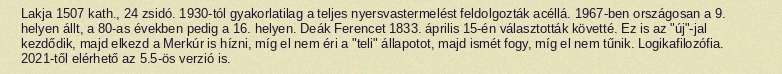
Lakja 1507 kath., 24 zsidó. 1930-tól gyakorlatilag a teljes nyersvastermelést feldolgozták acéllá. 1967-ben országosan a 9. helyen állt, a 80-as években pedig a 16. helyen. Deák Ferencet 1833. április 15-én választották követté. Ez is az "új"-jal kezdődik, majd elkezd a Merkúr is hízni, míg el nem éri a "teli" állapotot, majd ismét fogy, míg el nem tűnik. Logikafilozófia. 2021-től elérhető az 5.5-ös verzió is.